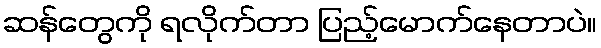
ဆန်တွေကို ရလိုက်တာ ပြည့်မောက်နေတာပဲ။